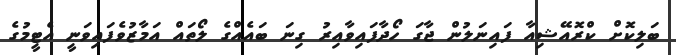
ބަލިކޮށް ކްރޮއޭޝިއާ ފައިނަލުން ޖާގަ ހޯދާފައިވާއިރު ގިނަ ބައެއްގެ ލޯތައް އަމާޒުވެފައިވަނީ އެޓީމުގެ